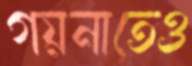
গয়নাতেও